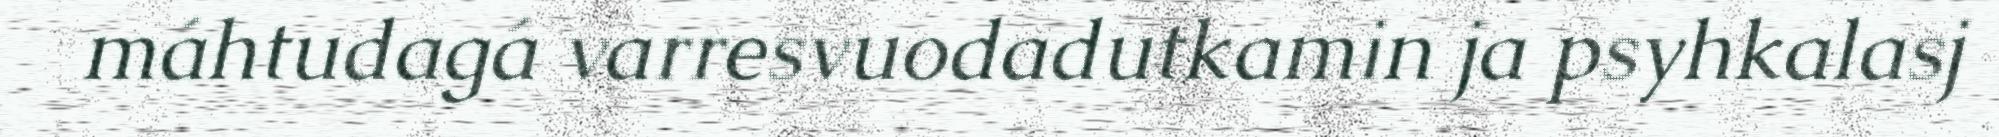
máhtudagá varresvuodadutkamin ja psyhkalasj